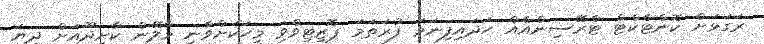
ރަގަޅަށް ކޮންޓެކްޓް ޓްރޭސިންއެއް ހަދައިފިނަމަ ފުރަތަމަ ޕޮޒިޓިވްވި މީހަކަށްވާނީ މާލޭން ކާށިދޫއަށް ދިޔަ